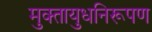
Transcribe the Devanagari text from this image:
मुक्तायुधनिरूपण